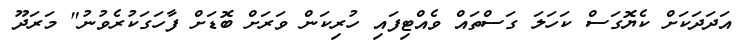
އަދަދަކަށް ކެޔޮގަސް ކަހަލަ ގަސްތައް ވެއްޓިފައި ހުރިކަން ވަރަށް ބޮޑަށް ފާހަގަކުރެވުނު" މަަރަދޫ